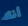
أنك